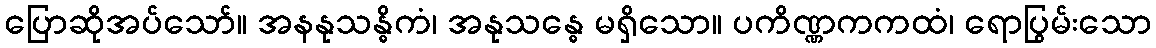
ပြောဆိုအပ်သော်။ အနနုသန္ဓိကံ၊ အနုသန္ဓေ မရှိသော။ ပကိဏ္ဏကကထံ၊ ရောပြွမ်းသော